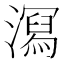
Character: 㵼